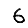
Digit: 6